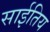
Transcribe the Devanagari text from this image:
साईतिय